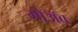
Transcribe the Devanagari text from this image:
मोअॅब